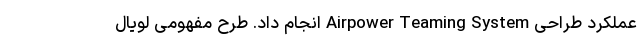
عملکرد طراحی Airpower Teaming System انجام داد. طرح مفهومی لویال